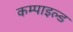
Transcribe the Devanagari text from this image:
कम्पाइल्ड